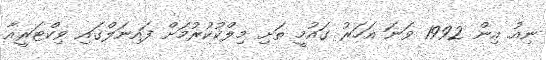
ނިއު އިން 1992 ވަނަ އަހަރު ގައުމީ ތަށި މިލްކުކުރުމަށް ފައިނަލްގައި ވިކްޓަރީއާ